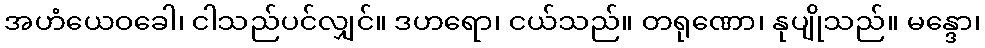
အဟံယေဝခေါ၊ ငါသည်ပင်လျှင်။ ဒဟရော၊ ငယ်သည်။ တရုဏော၊ နုပျိုသည်။ မန္ဒော၊